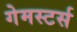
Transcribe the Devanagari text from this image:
गेमस्टर्स